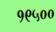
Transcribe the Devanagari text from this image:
१९५००